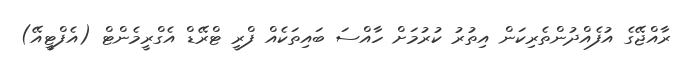
ރާއްޖޭގެ އުފެއްދުންތެރިކަން އިތުރު ކުރުމަށް ހާއްސަ ބައިތަކެއް ފްރީ ޓްރޭޑް އެގްރީމެންޓް (އެފްޓީއޭ)